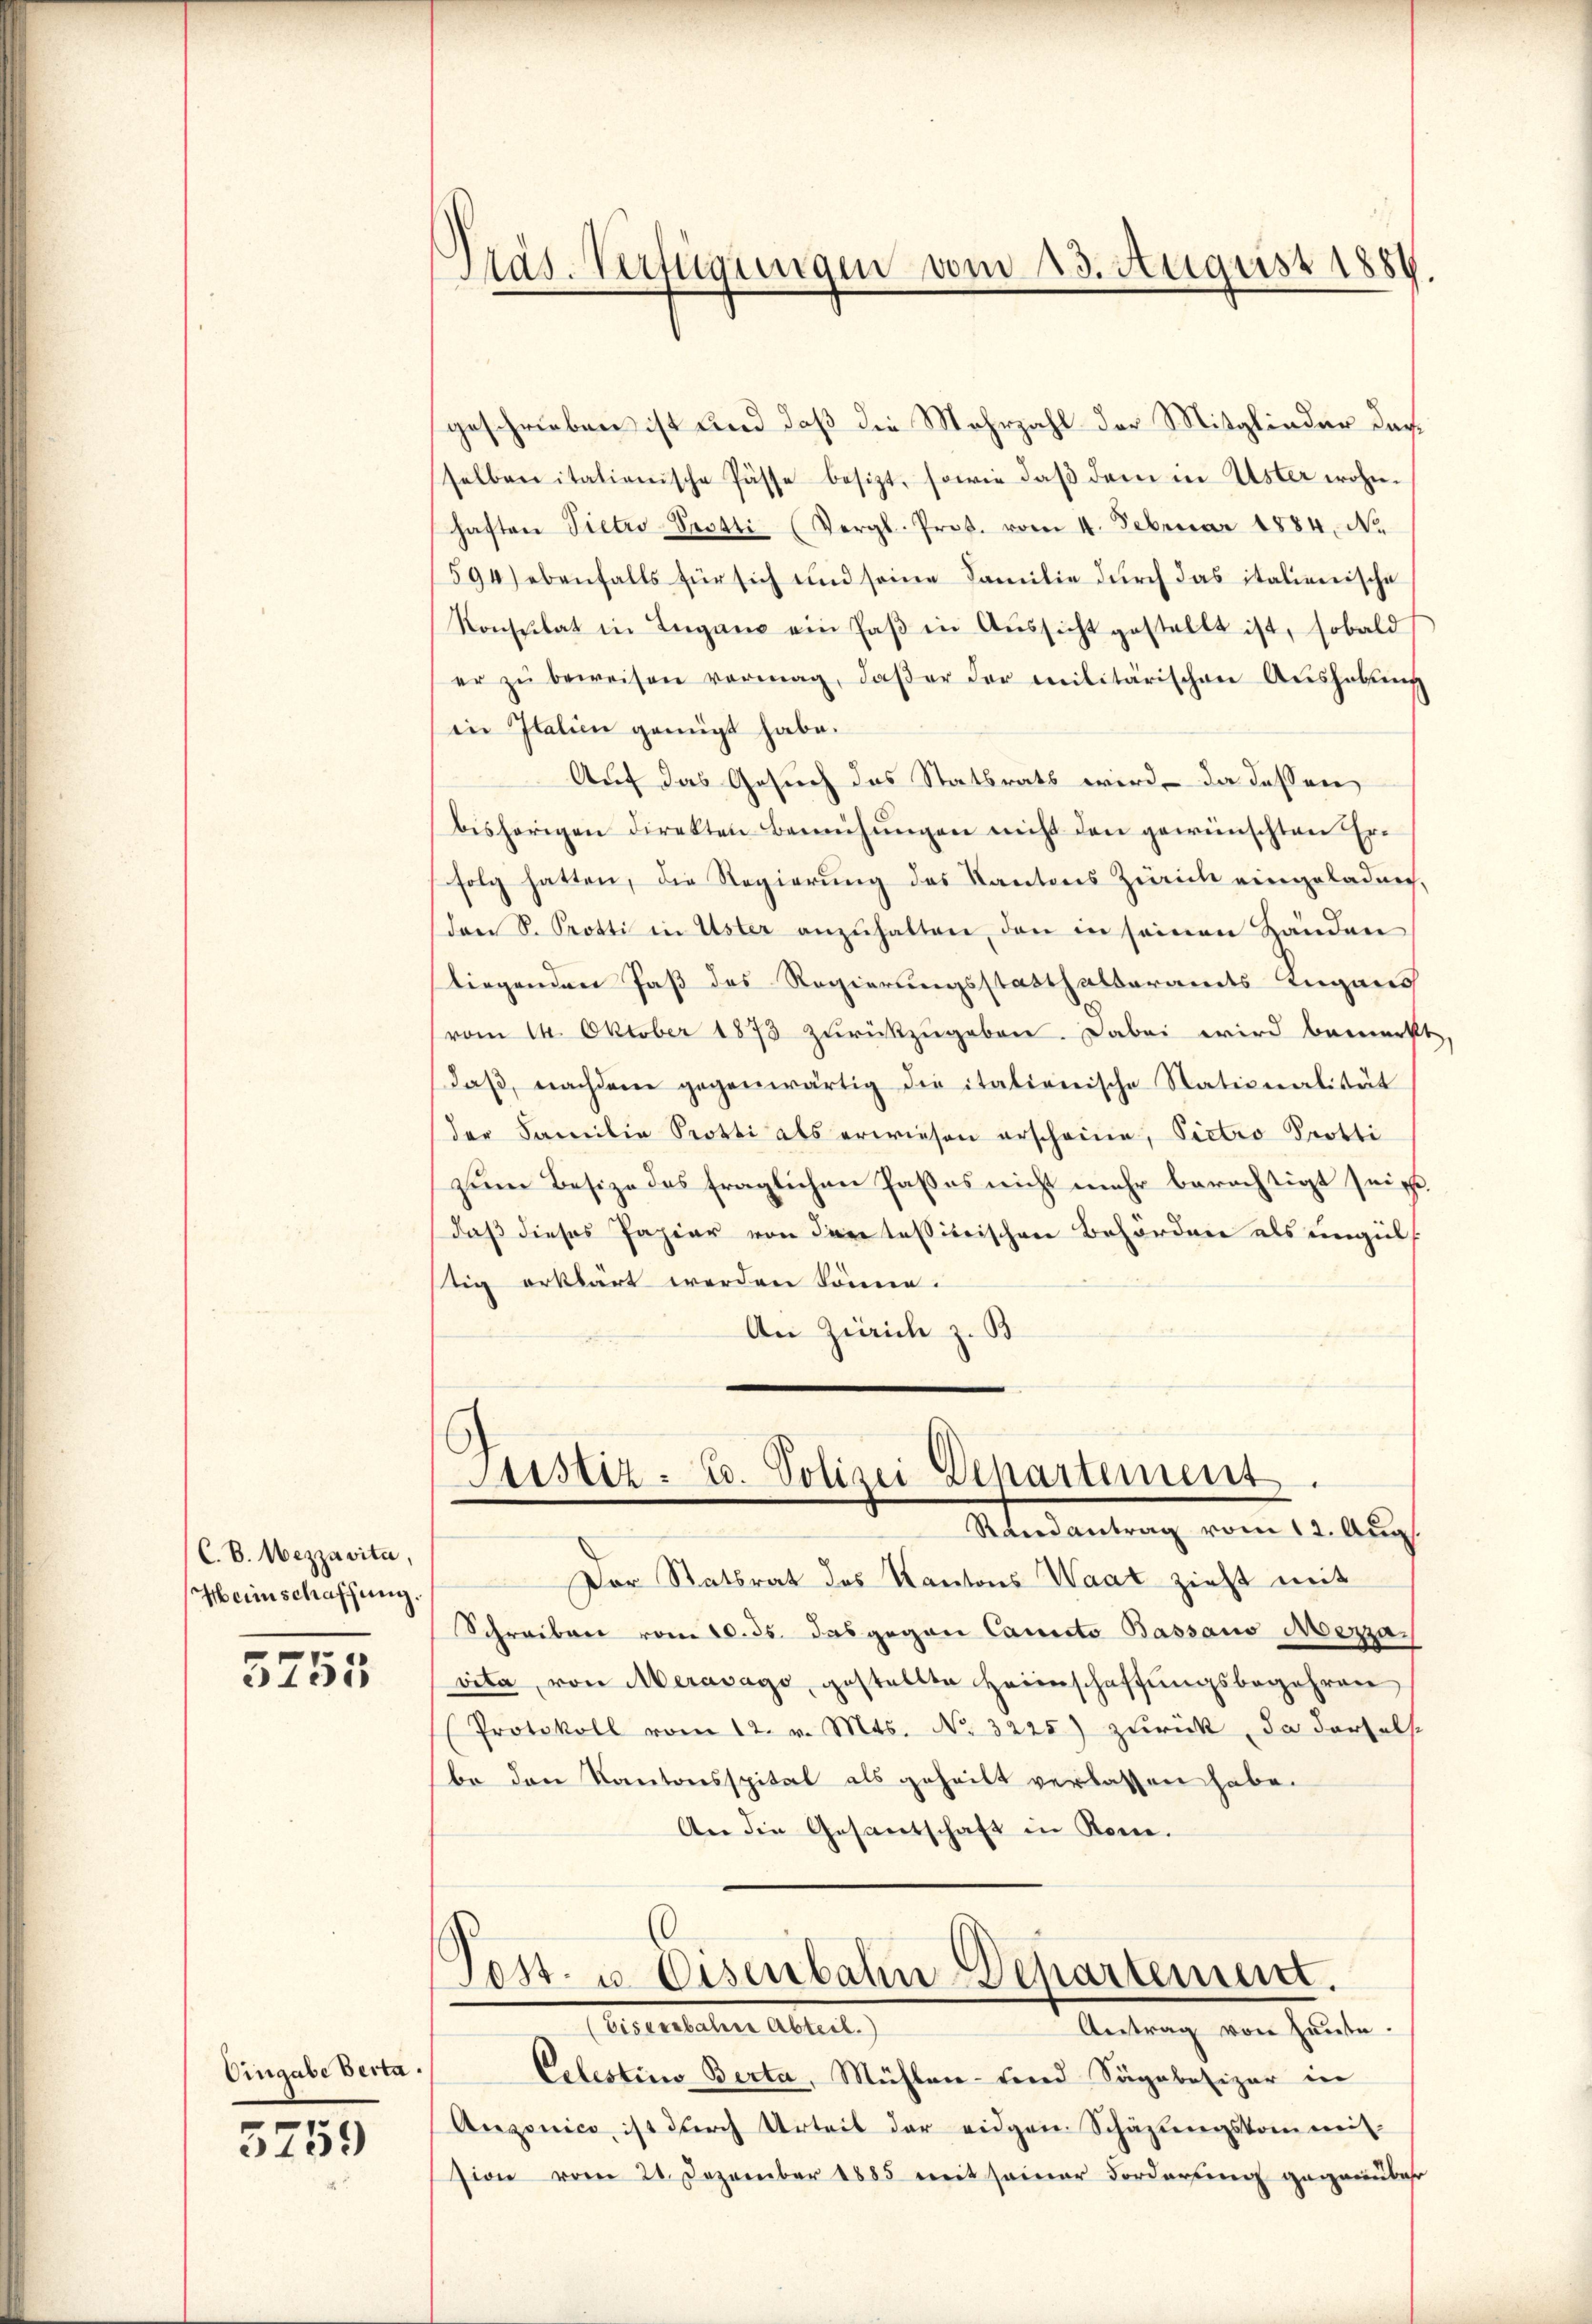
C. E. Mezzavita,
Heinschaffung.

7
31015

Eingabe Berta¬

5759

Präs. Verfügungen vom 23. August 1889.

geschrieben ist und daß die Mehrzahl der Mitglieder dar
selben italienische Pässe besizt, sowie daβ dem in Uster wohn-
haften Pietro-Seetti (Vergl. Prot. vom 4. Februar 1884, No.
594) ebenfalls für sich und seine Familie durch das italienische
Konsulat in Lugano ein Paβ in Aŭssicht gestellt ist, sobald
er zŭ beweisen vermag, daβ er der militärischen Aŭshabŭng
in Italien genügt habe.
Auf das Gesuch das Statsrats wird, da dessen
bisherigen direkten Bemühŭngen nicht den gewünschten Erfolg hatten, die Regierung des Kantons Zürich eingeladen,
den S. Protti in Uster anzŭhalten, den in seinen Händen
liegenden Paß des Regierungsstatthalteramts Lugans
vom 14. Oktober 1873 zurückzugeben. Dabei wird bemerkt.
daβ, nachdem gegenwärtig die italienische Nationalität
der Familie Protti als erwiesen erscheine, Pietro Protti
zum Besize des fraglichen Paßes nicht mehr berechtigt sein,
daß dieses Papier von der tessitischen Behörden als ungel
tig erklärt werden könne.
An Zürich z. B

Leister- u. Polizei Departement.
Randantrag vom 12. Aug.

Der Statsrat des Kantons Waat zieht mit
Schreiben vom 10. ds. das gegen Canto Bassaus Mezzavita, von Meravago, gestellte Heimschaffŭngsbegehren
Protokoll vom 12. v. Mts. No. 3225) zurück, da derselst
be den Kantonsspital als geheilt verlassen habe.
An die Gesandschaft in Rom.
(0
Post- u. Eisenbahn Departement.
eertatiere Abteil
Antrag von Heute.
Celestins Berta, Mühlen- und Sagabesizer in
Anzonico ist durch Urteil der eidgen. Schäztungskommitsion vom 21. Dezember 1885 weit seiner Forderung gegenüber